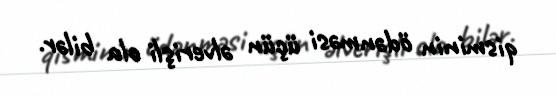
qisminin ödənməsi üçün əlverişli ola bilər.